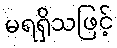
မရရှိသဖြင့်